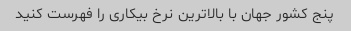
پنج کشور جهان با بالاترین نرخ بیکاری را فهرست کنید